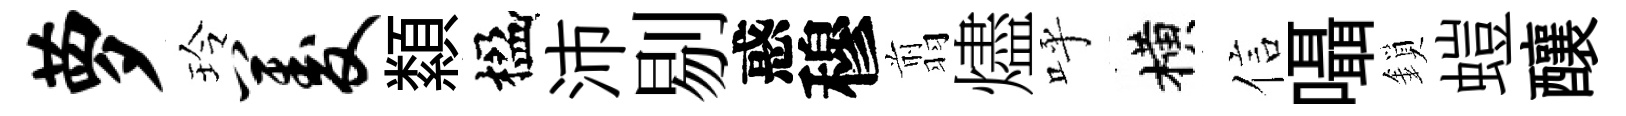
萝玲菱纇楹沛剔惑穆翦燼呼横信囁鎖螘釀